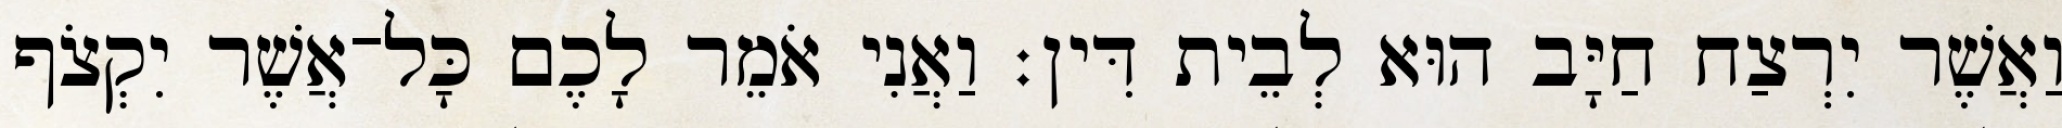
וַאֲשֶׁר יִרְצַח חַיָּב הוּא לְבֵית דִּין׃ וַאֲנִי אֹמֵר לָכֶם כָּל־אֲשֶׁר יִקְצֹף